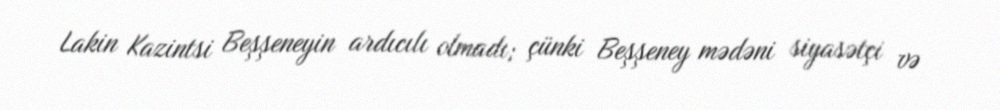
Lakin Kazintsi Beşşeneyin ardıcılı olmadı; çünki Beşşeney mədəni siyasətçi və